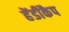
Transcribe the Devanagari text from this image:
हेंडीकैप